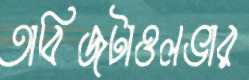
তাবিজটাওলভার